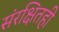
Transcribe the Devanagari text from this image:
संरक्षितही